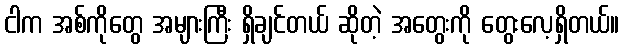
ငါက အစ်ကိုတွေ အများကြီး ရှိချင်တယ် ဆိုတဲ့ အတွေးကို တွေးလေ့ရှိတယ်။